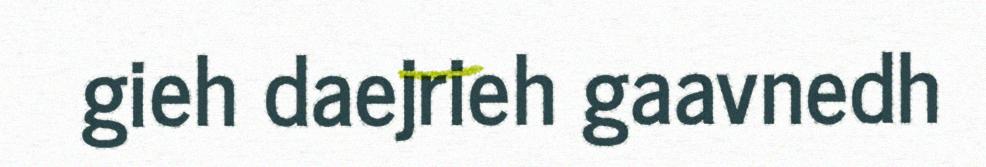
gieh daejrieh gaavnedh